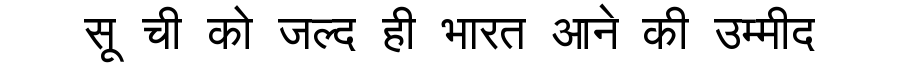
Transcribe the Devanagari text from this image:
सू ची को जल्द ही भारत आने की उम्मीद